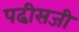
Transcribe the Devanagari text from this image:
पढी़सजी